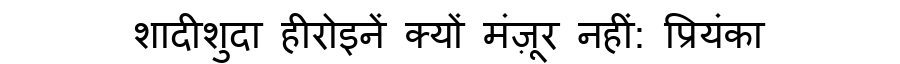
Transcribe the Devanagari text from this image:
शादीशुदा हीरोइनें क्यों मंज़ूर नहीं: प्रियंका